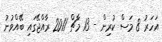
އަހަރު 8 މަސް ކުރިން - 13 މާޗް 2011 ރާއްޖޭގައި ބޭއްވުނު